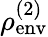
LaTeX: \rho_{\mathrm{env}}^{(2)}